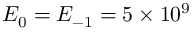
E _ { 0 } = E _ { - 1 } = 5 \times 1 0 ^ { 9 }